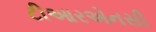
ટીઆરએનસી